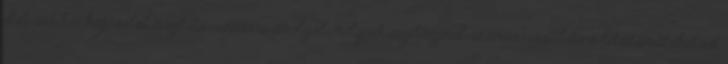
statisztikai kapcsolat meghatározására szolgál, melynek segítségével számszerűsíthető a létszámalakulást